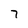
Character: 7